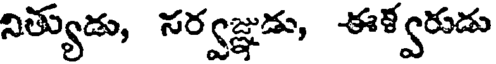
నిత్యుడు, సర్వజ్ఞుడు, ఈళ్వరుడు